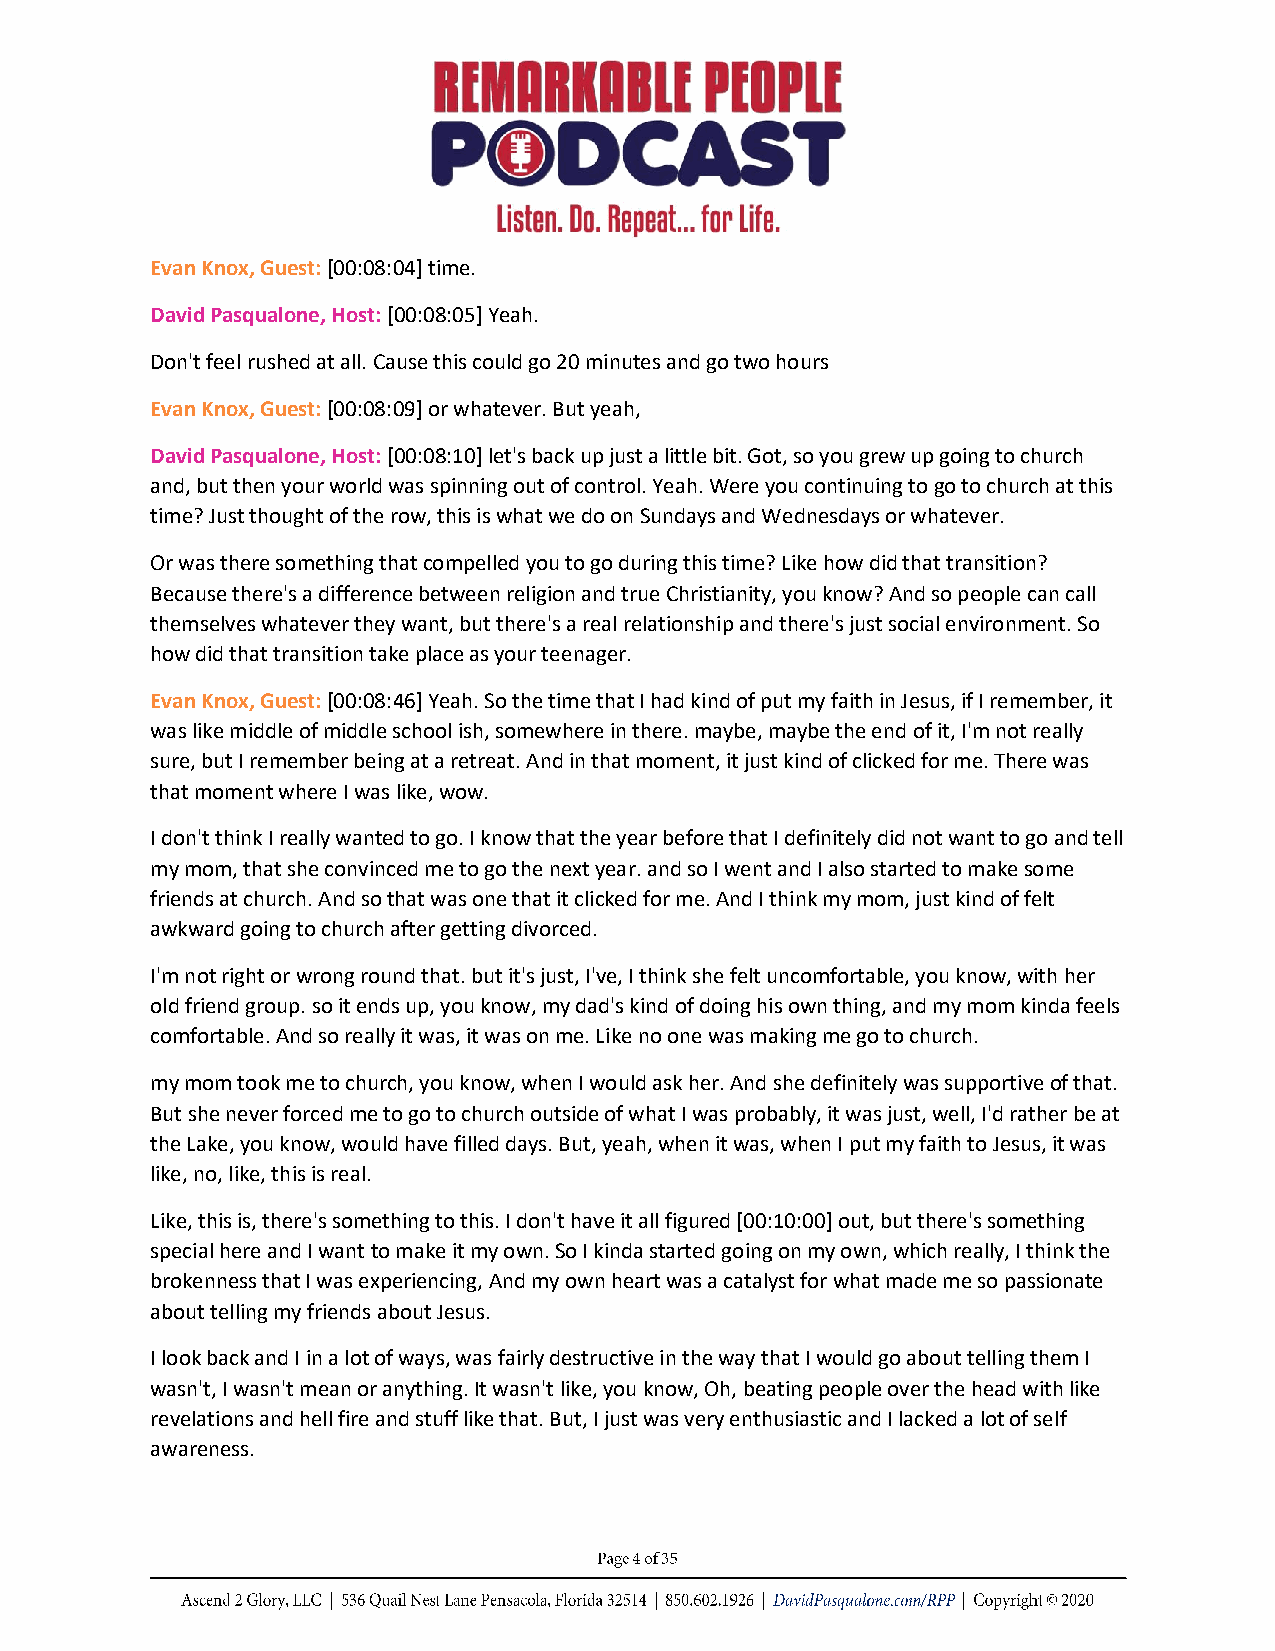
Evan Knox, Guest: [00:08:04] time.
 David Pasqualone, Host: [00:08:05] Yeah.
 Don't feel rushed at all. Cause this could go 20 minutes and go two hours
 Evan Knox, Guest: [00:08:09] or whatever. But yeah,
 David Pasqualone, Host: [00:08:10] let's back up just a little bit. Got, so you grew up going to church
 and, but then your world was spinning out of control. Yeah. Were you continuing to go to church at this
 time? Just thought of the row, this is what we do on Sundays and Wednesdays or whatever.
 Or was there something that compelled you to go during this time? Like how did that transition?
 Because there's a difference between religion and true Christianity, you know? And so people can call
 themselves whatever they want, but there's a real relationship and there's just social environment. So
 how did that transition take place as your teenager.
 Evan Knox, Guest: [00:08:46] Yeah. So the time that I had kind of put my faith in Jesus, if I remember, it
 was like middle of middle school ish, somewhere in there. maybe, maybe the end of it, I'm not really
 sure, but I remember being at a retreat. And in that moment, it just kind of clicked for me. There was
 that moment where I was like, wow.
 I don't think I really wanted to go. I know that the year before that I definitely did not want to go and tell
 my mom, that she convinced me to go the next year. and so I went and I also started to make some
 friends at church. And so that was one that it clicked for me. And I think my mom, just kind of felt
 awkward going to church after getting divorced.
 I'm not right or wrong round that. but it's just, I've, I think she felt uncomfortable, you know, with her
 old friend group. so it ends up, you know, my dad's kind of doing his own thing, and my mom kinda feels
 comfortable. And so really it was, it was on me. Like no one was making me go to church.
 my mom took me to church, you know, when I would ask her. And she definitely was supportive of that.
 But she never forced me to go to church outside of what I was probably, it was just, well, I'd rather be at
 the Lake, you know, would have filled days. But, yeah, when it was, when I put my faith to Jesus, it was
 like, no, like, this is real.
 Like, this is, there's something to this. I don't have it all figured [00:10:00] out, but there's something
 special here and I want to make it my own. So I kinda started going on my own, which really, I think the
 brokenness that I was experiencing, And my own heart was a catalyst for what made me so passionate
 about telling my friends about Jesus.
 I look back and I in a lot of ways, was fairly destructive in the way that I would go about telling them I
 wasn't, I wasn't mean or anything. It wasn't like, you know, Oh, beating people over the head with like
 revelations and hell fire and stuff like that. But, I just was very enthusiastic and I lacked a lot of self
 awareness.